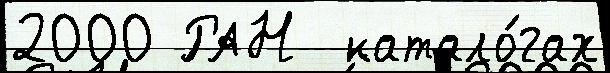
2000 РАН  катало́гах